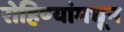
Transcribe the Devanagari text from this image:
रोहिण्यांमधून